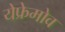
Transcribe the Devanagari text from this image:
येफ्रेमोव